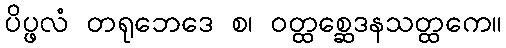
ပိပ္ဖလံ တရုဘေဒေ စ၊ ဝတ္ထစ္ဆေဒနသတ္ထကေ။